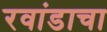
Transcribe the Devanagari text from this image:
रवांडाचा